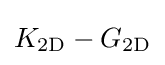
K_{\mathrm {2D} }-G_{\mathrm {2D} }